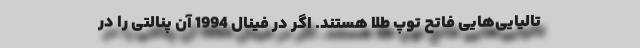
تالیایی‌هایی فاتح توپ طلا هستند. اگر در فینال 1994 آن پنالتی را در